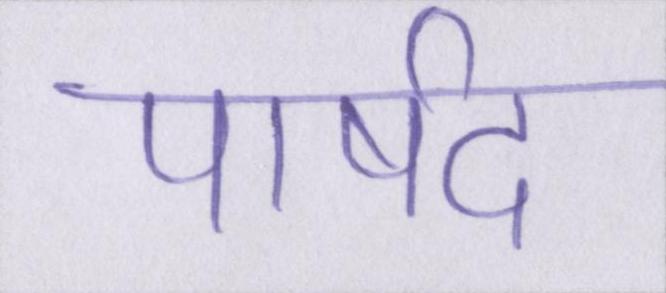
पार्षद